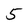
Character: 5